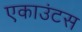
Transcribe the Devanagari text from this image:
एकाउंटस